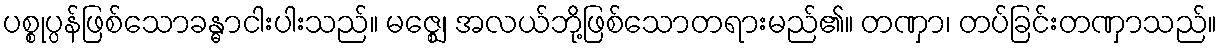
ပစ္စုပ္ပန်ဖြစ်သောခန္ဓာငါးပါးသည်။ မဇ္ဈေ၊ အလယ်ဘို့ဖြစ်သောတရားမည်၏။ တဏှာ၊ တပ်ခြင်းတဏှာသည်။